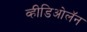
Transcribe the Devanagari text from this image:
व्हीडिओलॅन